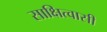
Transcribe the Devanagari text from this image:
साक्षित्वासी